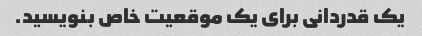
یک قدردانی برای یک موقعیت خاص بنویسید.